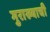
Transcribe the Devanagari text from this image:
गुराख्याची